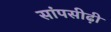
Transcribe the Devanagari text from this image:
सांपसीढ़ी